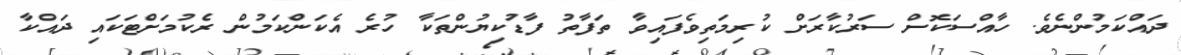
ދައްކަމުންނެވެ. ހާއްސަކޮށް ސަރުކާރަށް ކުރިމަތިވެފައިވާ ތަފާތު ފާޑުކިޔުންތަކާ ހުރެ އެކަންކަމުން ރެކުމަށްޓަކައި ދައްކާ